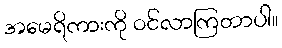
အမေရိကားကို ဝင်လာကြတာပါ။